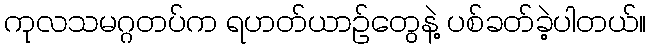
ကုလသမဂ္ဂတပ်က ရဟတ်ယာဉ်တွေနဲ့ ပစ်ခတ်ခဲ့ပါတယ်။